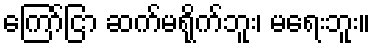
ကြော်ငြာ ဆက်မရိုက်ဘူး၊ မရေးဘူး။